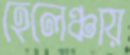
হেলেঞ্চায়